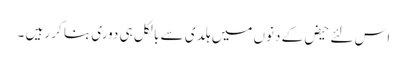
اس لئے حیض کے دنوں میں ہلدی سے بالکل ہی دوری بنا کر رہیں ۔